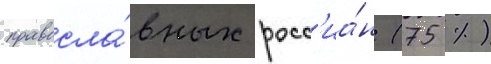
правосла́вных росс'иа́н (75 %)